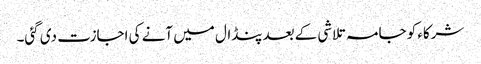
شرکاء کو جامہ تلاشی کے بعدپنڈال میں آنے کی اجازت دی گئی۔